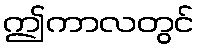
ဤကာလတွင်